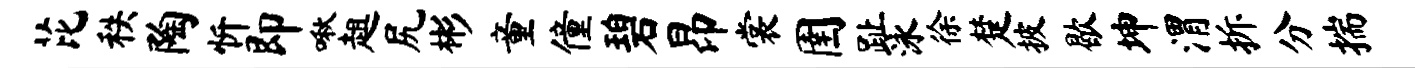
芘秩陶忻即啾趄尻彬童僮碧昂裳圉趾泳徐楚披歇坤渭拆分揣